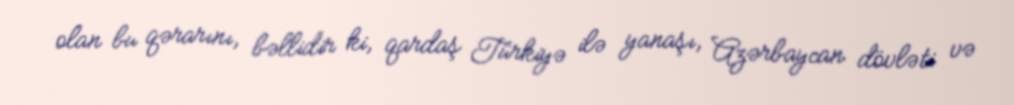
olan bu qərarını, bəllidir ki, qardaş Türkiyə ilə yanaşı, Azərbaycan dövləti və